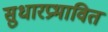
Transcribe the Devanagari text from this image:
सुधारप्रभावित